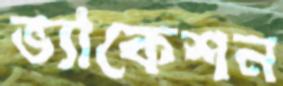
ভ্যাকেশন